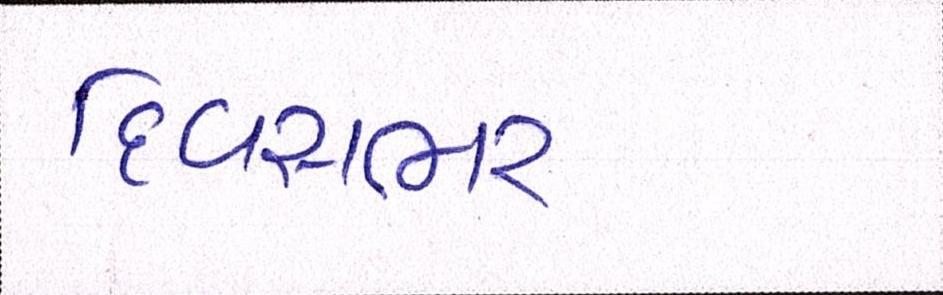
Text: દિવસભર